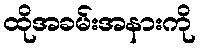
ထိုအခမ်းအနားကို